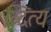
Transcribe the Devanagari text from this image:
व्दित्य